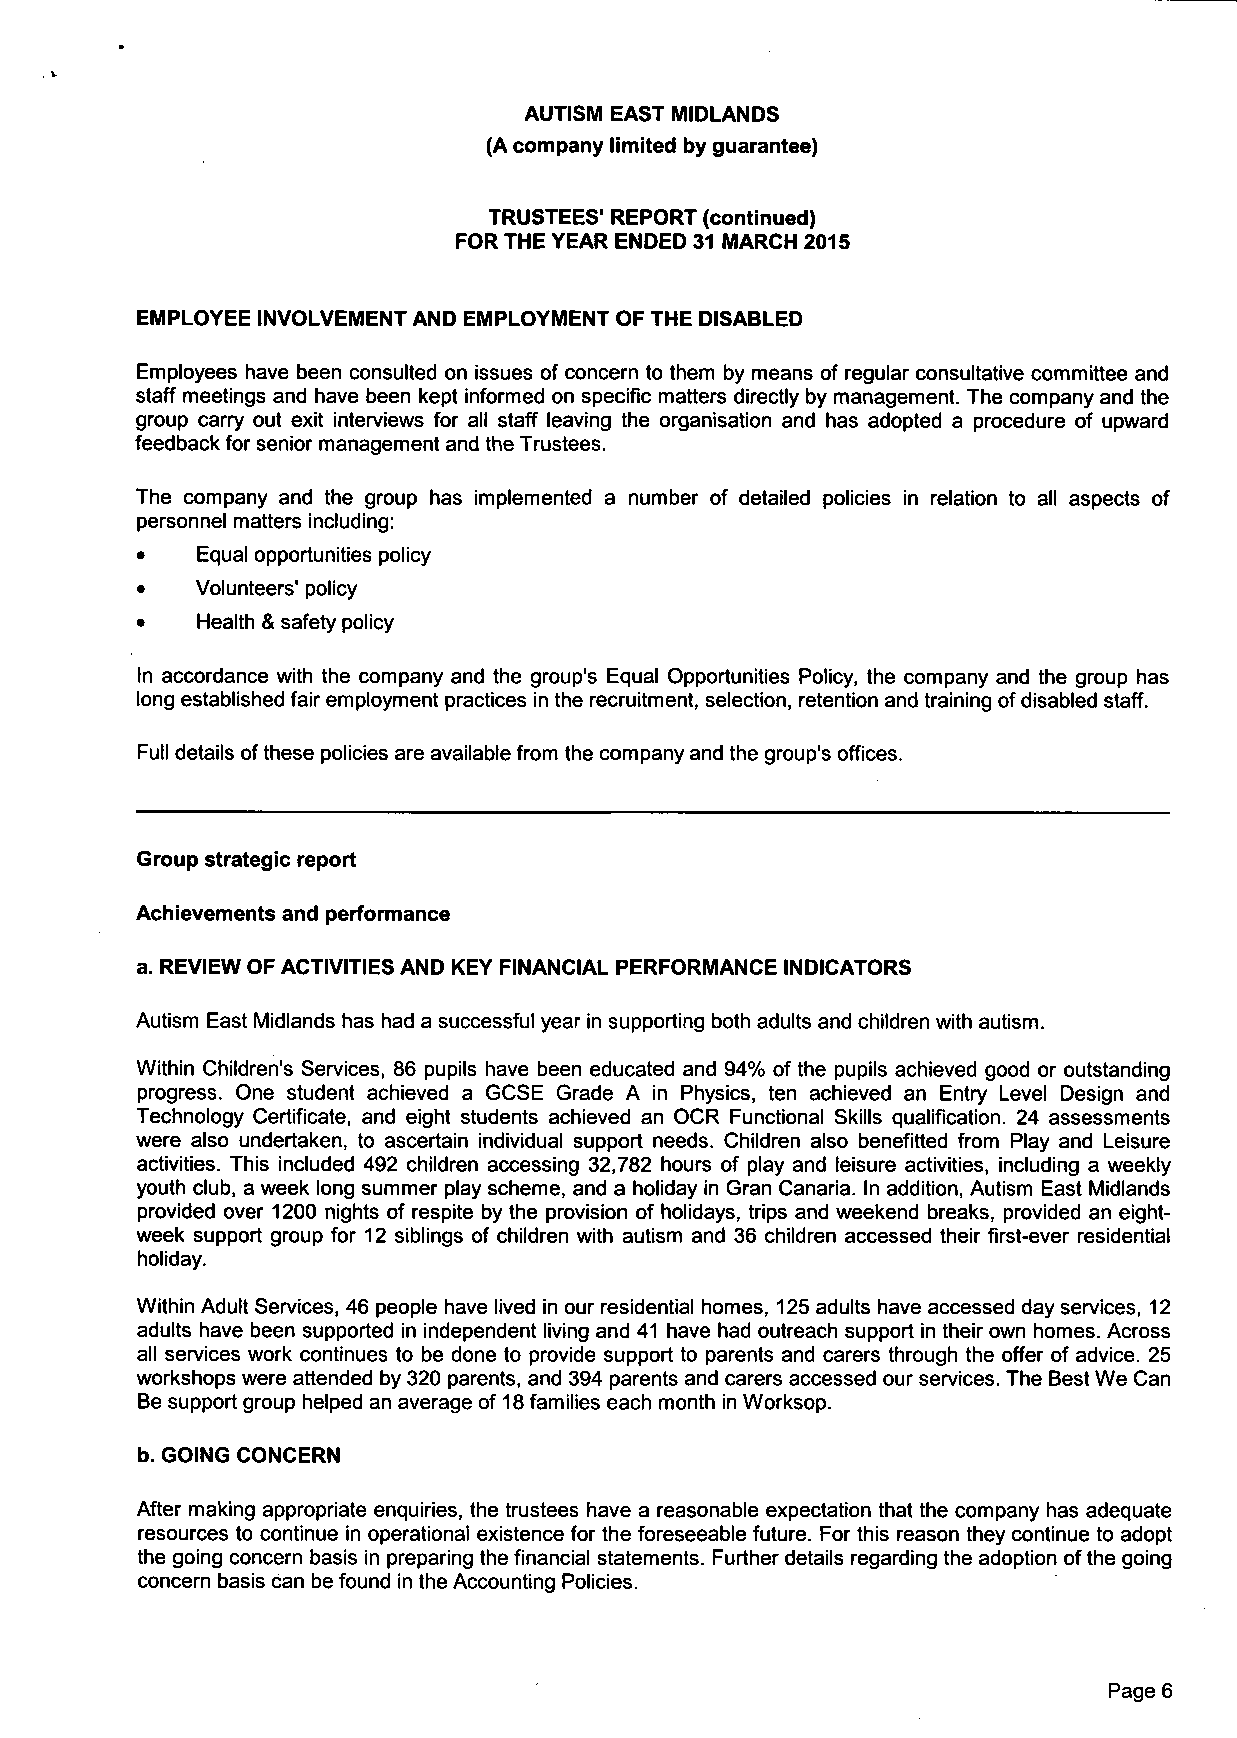
AUTISM EAST MIDLANDS
 (A company limited by guarantee)
 TRUSTEES' REPORT (continued)
 FOR THE YEAR ENDED 31 MARCH 2015
 EMPLOYEE INVOLVEMENT AND EMPLOYMENT OF THE DISABLED
 Employees have been consulted on issues of concern to them by means of regular consultative committee and
 staff meetings and have been kept informed on specific matters directly by management. The company and the
 group carry out exit interviews for all staff leaving the organisation and has adopted a procedure of upward
 feedback for senior management and the Trustees.
 The company and the group has implemented a number of detailed policies in relation to all aspects of
 personnel matters including:
 •   Equal opportunities policy
 •   Volunteers' policy
 •   Health & safety policy
 In accordance with the company and the group's Equal Opportunities Policy, the company and the group has
 long established fair employment practices in the recruitment, selection, retention and training of disabled staff.
 Full details of these policies are available from the company and the group's offices.
 Group strategic report
 Achievements and performance
 a. REVIEW OF ACTIVITIES AND KEY FINANCIAL PERFORMANCE INDICATORS
 Autism East Midlands has had a successful year in supporting both adults and children with autism.
 Within Children's Services, 86 pupils have been educated and 94% of the pupils achieved good or outstanding
 progress. One student achieved a GCSE Grade A in Physics, ten achieved an Entry Level Design and
 Technology Certificate, and eight students achieved an OCR Functional Skills qualification. 24 assessments
 were also undertaken, to ascertain individual support needs. Children also benefitted from Play and Leisure
 activities. This included 492 children accessing 32,782 hours of play and leisure activities, including a weekly
 youth club, a week long summer play scheme, and a holiday in Gran Canaria. In addition, Autism East Midlands
 provided over 1200 nights of respite by the provision of holidays, trips and weekend breaks, provided an eight-
 week support group for 12 siblings of children with autism and 36 children accessed their first-ever residential
 holiday.
 Within Adult Services, 46 people have lived in our residential homes, 125 adults have accessed day services, 12
 adults have been supported in independent living and 41 have had outreach support in their own homes. Across
 all services work continues to be done to provide support to parents and carers through the offer of advice. 25
 workshops were attended by 320 parents, and 394 parents and carers accessed our services. The Best We Can
 Be support group helped an average of 18 families each month in Worksop.
 b. GOING CONCERN
 After making appropriate enquiries, the trustees have a reasonable expectation that the company has adequate
 resources to continue in operational existence for the foreseeable future. For this reason they continue to adopt
 the going concern basis in preparing the financial statements. Further details regarding the adoption of the going
 concern basis can be found in the Accounting Policies.
 Page 6